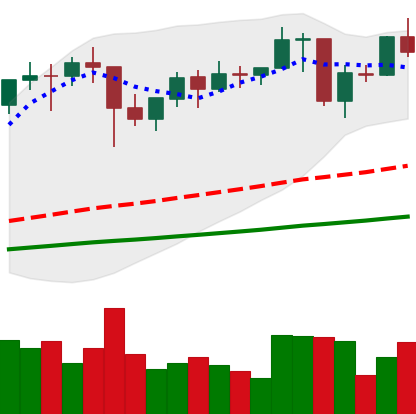
Ticker: ETH-USD
Chart end date: 2021-01-25
Forward return: 3.904%
Label: up_3_5